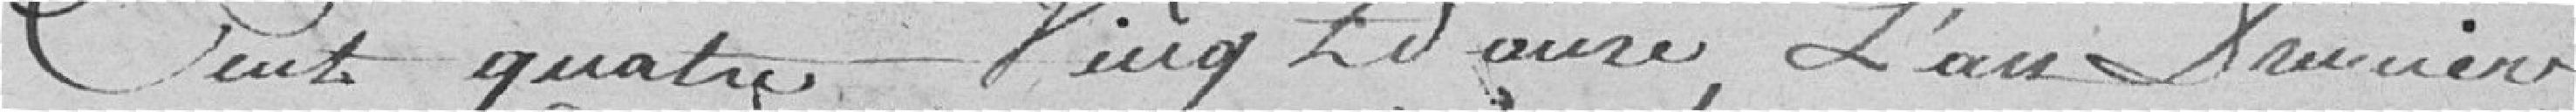
Cent quatre Vingt douze, L'an premier